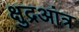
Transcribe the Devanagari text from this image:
क्षुद्रआंत्र